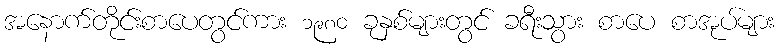
အနောက်တိုင်းစာပေတွင်ကား ၁၉၈၀ ခုနှစ်များတွင် ခရီးသွား စာပေ စာအုပ်များ